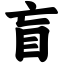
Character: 盲